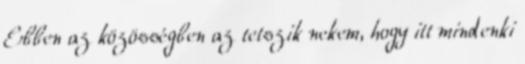
Ebben az közösségben az tetszik nekem, hogy itt mindenki